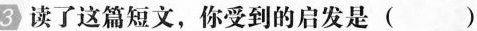
3 读了这篇短文，你受到的启发是( )